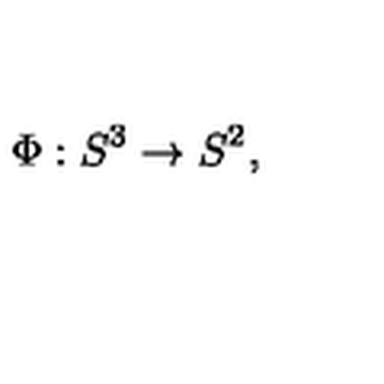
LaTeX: \Phi : S ^ { 3 } \rightarrow S ^ { 2 } ,